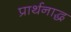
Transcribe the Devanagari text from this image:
प्रार्थनाद्ध